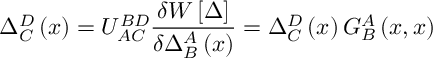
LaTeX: \Delta _ { C } ^ { D } \left( x \right) = U _ { A C } ^ { B D } \frac { \delta W \left[ \Delta \right] } { \delta \Delta _ { B } ^ { A } \left( x \right) } = \Delta _ { C } ^ { D } \left( x \right) G _ { B } ^ { A } \left( x , x \right)